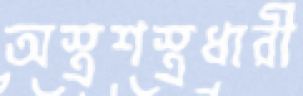
অস্ত্রশস্ত্রধারী